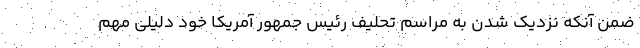
ضمن آنکه نزدیک شدن به مراسم تحلیف رئیس جمهور آمریکا خود دلیلی مهم